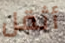
أثقل